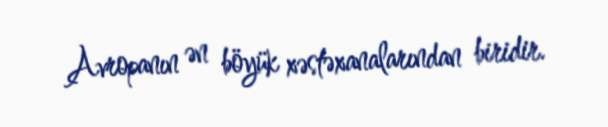
Avropanın ən böyük xəstəxanalarından biridir.